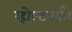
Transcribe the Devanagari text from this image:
व्होल्टपर्यंत